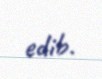
edib.